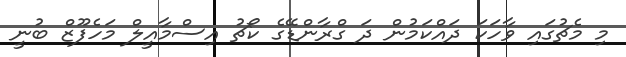
މި މެޗުގައި ވާހަކަ ދައްކަމުން ދަ ގްރާންޑޭގެ ކޯޗު އިސްމާއީލް މަހެފޫޒް ބުނީ